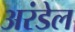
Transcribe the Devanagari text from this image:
अरंडेल